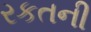
રકતની